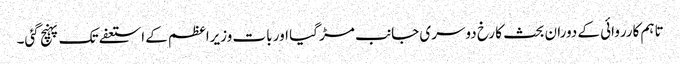
تاہم کارروائی کے دوران بحث کا رخ دوسری جانب مڑ گیا اور بات وزیراعظم کے استعفے تک پہنچ گئی۔